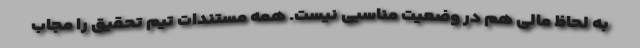
به لحاظ مالی هم در وضعیت مناسبی نیست. همه مستندات تیم تحقیق را مجاب